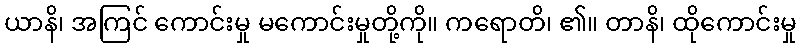
ယာနိ၊ အကြင် ကောင်းမှု မကောင်းမှုတို့ကို။ ကရောတိ၊ ၏။ တာနိ၊ ထိုကောင်းမှု